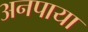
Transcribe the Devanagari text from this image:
अनपाया